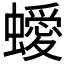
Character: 𧓁